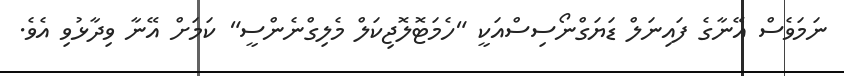
ނަމަވެސް އޭނާގެ ފައިނަލް ޑަޔަގްނޯސިސްއަކީ "ހެމަޓޮލޮޖިކަލް މެލިގްނެންސީ" ކަމަށް އޭނާ ވިދާޅުވި އެވެ.